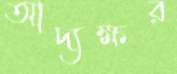
আদ্যক্ষর